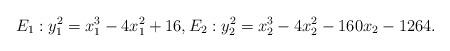
LaTeX: \begin{align*} E_1 : y_1^2 = x_1^3-4x_1^2+16, E_2: y_2^2 = x_2^3-4x_2^2-160x_2-1264.\end{align*}